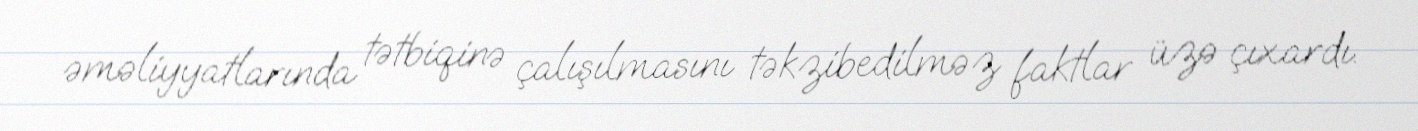
əməliyyatlarında tətbiqinə çalışılmasını təkzibedilməz faktlar üzə çıxardı.